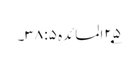
۲۵؂المائدہ ۵: ۳۸۔